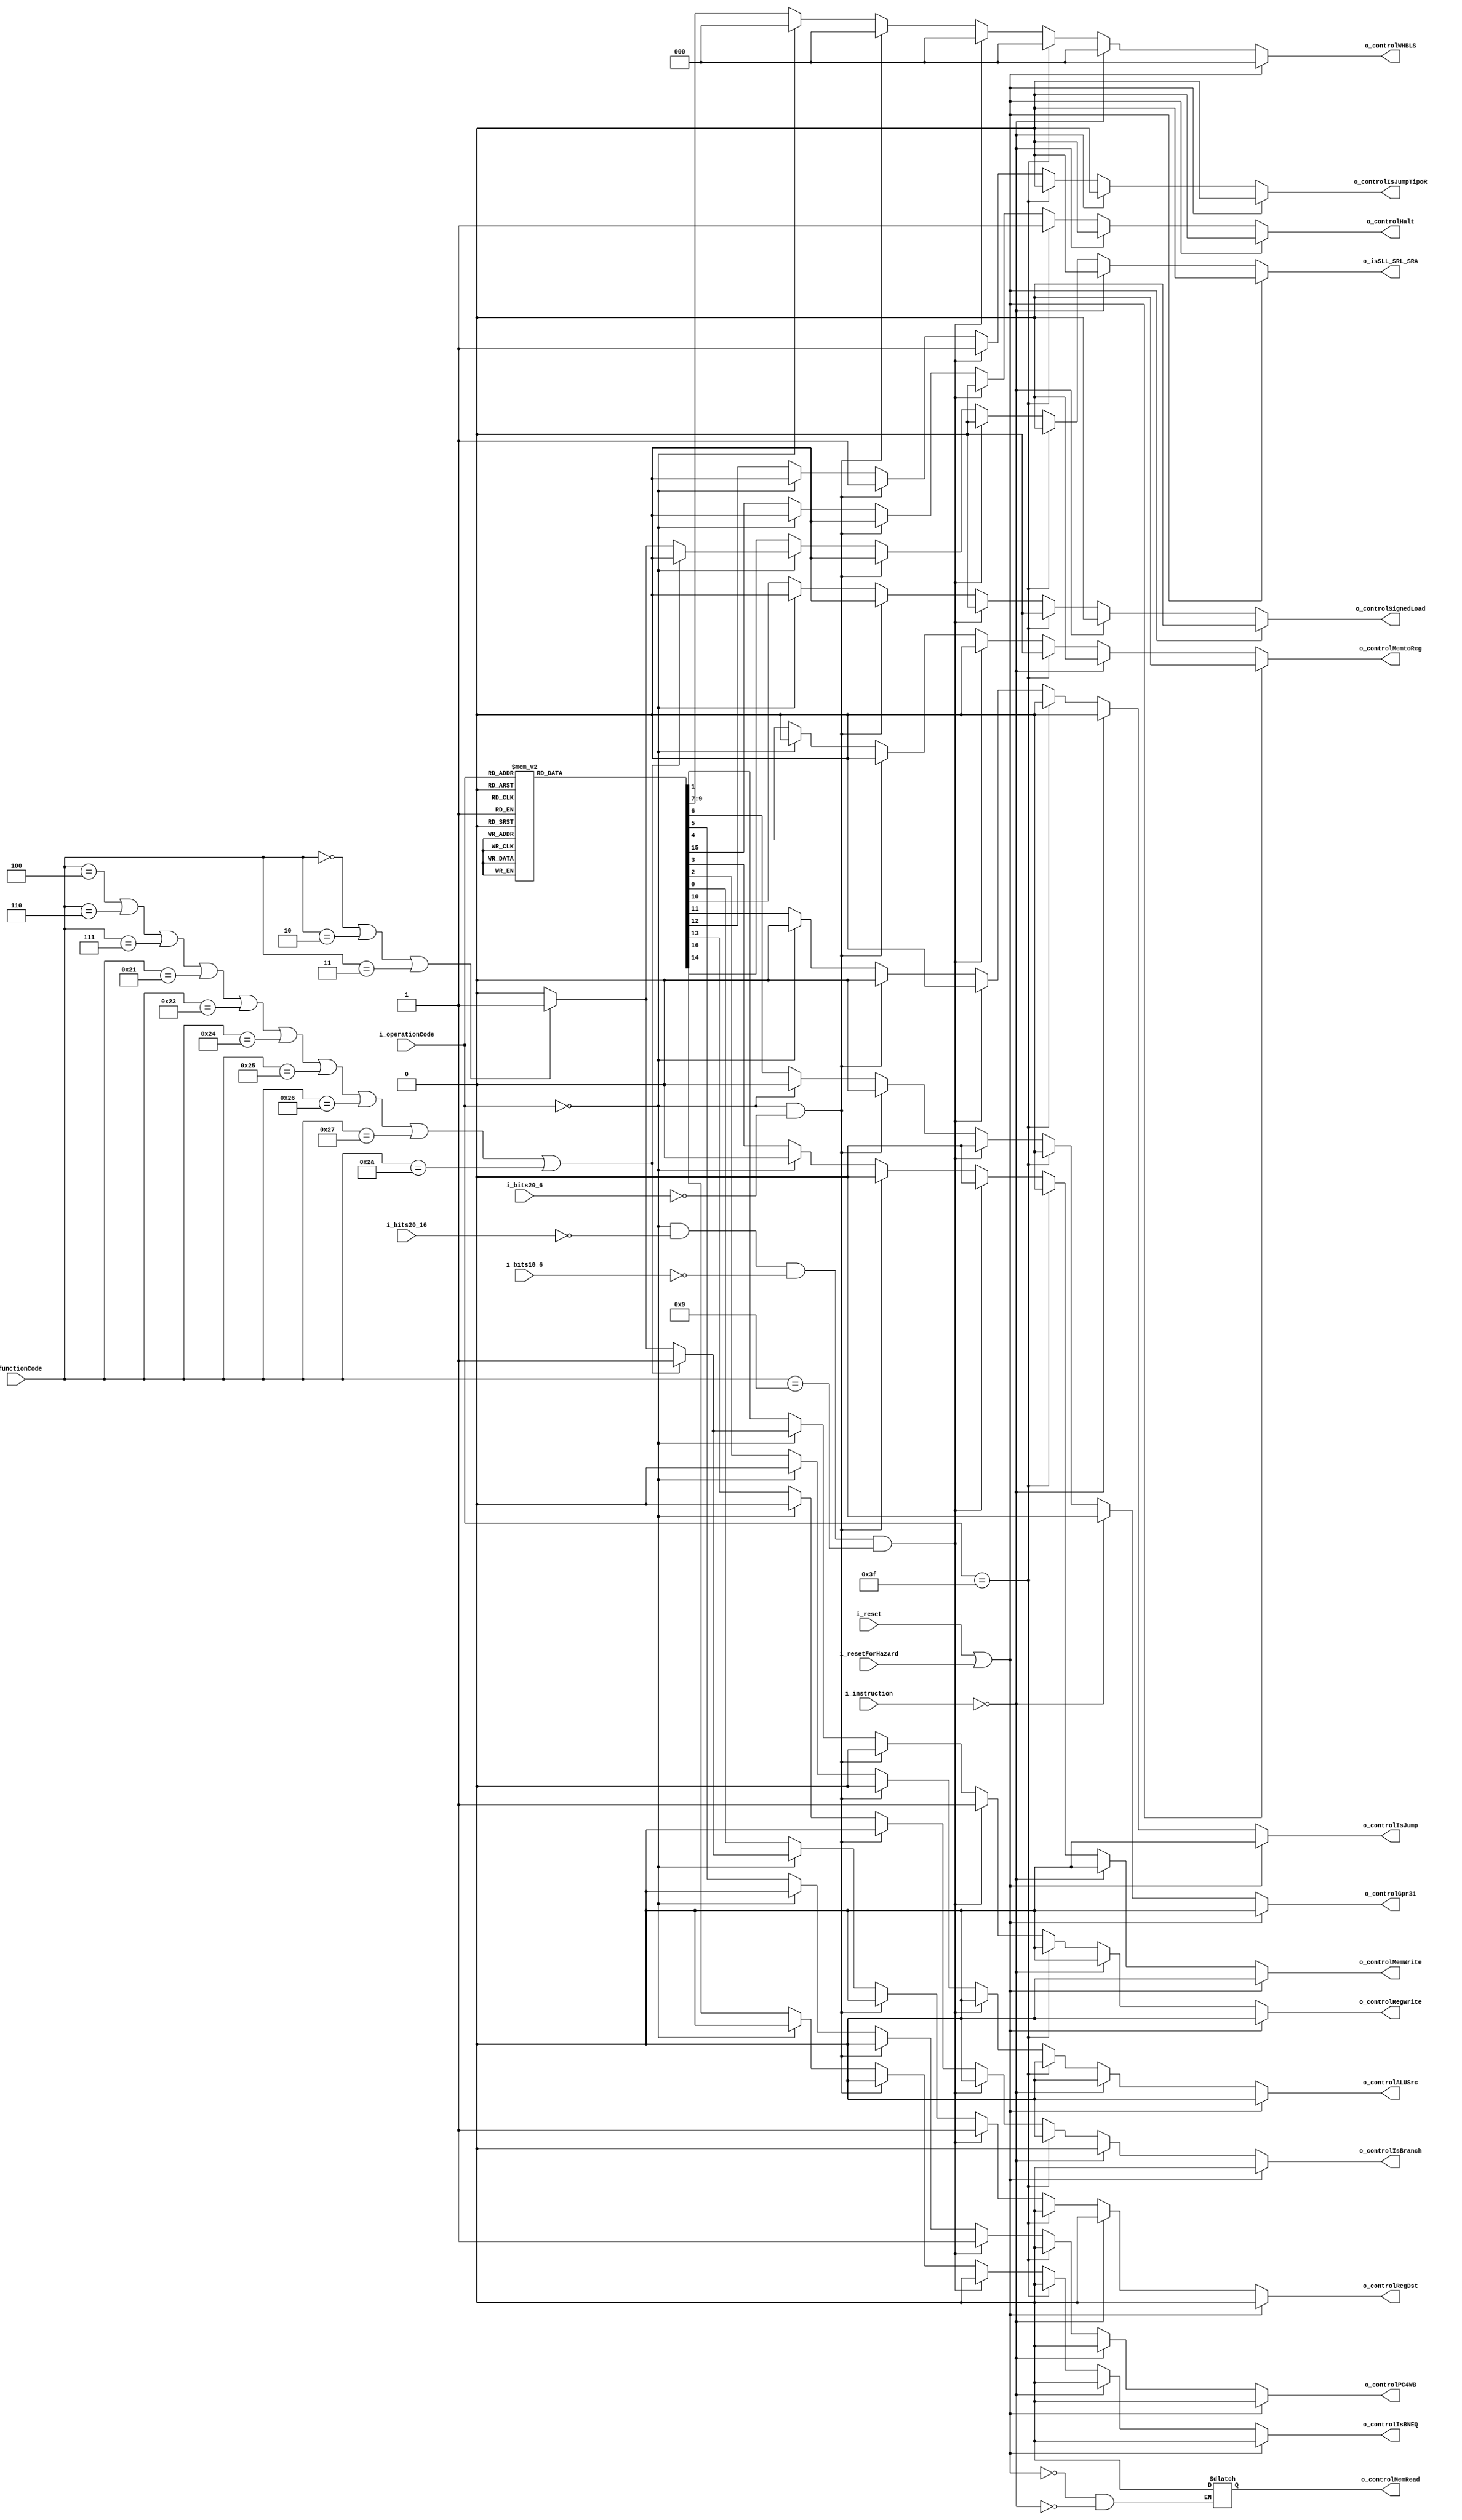
module E2_ControlUnit
    (
        input wire [32-1:0] i_instruction,
        //6 bits MSB
        input wire [6-1:0]  i_operationCode,// bits del 31-26 esto te indica el tipo de operacion por ejemplo si es R o de branch etc..
        input wire [5-1:0]  i_bits20_16,//se usa en algunas instrucciones como JALR
        input wire [5-1:0]  i_bits10_6,//se usa en algunas instrucciones como JALR
        input wire [15-1:0] i_bits20_6,//este rango de bits se usa para un registro en especifico (JR) 
        //6 bits LSB
        input wire [6-1:0]  i_functionCode,//bits del 5-0 este te dice que operacion es por ejemplo si es suma, un salto, resta, desplazamiento etc...

        output reg          o_controlIsBNEQ,//te dice si es un branch not equal
        output reg          o_controlIsBranch,//te dice si es un branch o no   
        output reg          o_controlIsJumpTipoR,//te dice si es un jump tipo R te sirve para el multiplexor      
        output reg          o_controlIsJump,//te dice si es un Jump nomas para el multiplexor sirve
        output reg          o_controlRegWrite,//te dice si vas a escribir el resultado en la memoria de registros de la etapa 2
        output reg          o_controlMemWrite,//se pone en 1 si la instruccion va a guardar en la memoria de datos.. por ahora son las instrucciones tipo save
        output reg          o_controlMemRead,//--------------------------????????????????????? para que lo pusimos???? FALTA ESTE EN TODAS LAS TABLAAAASSS osea.. los switch e ifs de abajo1!!!!!
        output reg          o_controlMemtoReg,//es para ver que dato guardas en el registro, si el resuultado de la ALU o la salida d ela memoria de datos
        output reg          o_controlRegDst,//en base a la instruccion te dice si el registro de destino es rt o rd
        output reg          o_controlPC4WB,
        output reg          o_controlGpr31,//creo que es el jumpR ==> stf // o_controlIsJALBit31
        
        //memwidth de 4 bits reemplazado
        output reg [3-1:0]  o_controlWHBLS,//
        output reg          o_controlSignedLoad,//bit 4 MSB
        
        output reg          o_controlALUSrc,//selecciona la fuente del dato 2 para la ALU, tiene un multiplexor
        output reg          o_controlHalt,
        output reg          o_isSLL_SRL_SRA,
        //output reg o_controlisJALRBit31,//te dice si es la instruccion JALR especificamente para poder guardar la direccion de retorno (PC+4) en la posicion 31 de la memoria de registros
        input wire i_resetForHazard,
        input wire i_reset
    );
 
    always@(*) begin
        if(i_reset | i_resetForHazard) begin
            o_controlIsBNEQ     <= 0;
            o_controlIsBranch   <= 0;
            o_controlIsJumpTipoR<= 0;
            o_controlIsJump     <= 0;
            o_controlRegWrite   <= 0;
            o_controlMemWrite   <= 0;
            o_controlMemRead    <= 0;
            o_controlMemtoReg   <= 0;
            o_controlRegDst     <= 0;
            o_controlPC4WB      <= 0;
            o_controlGpr31      <= 0;
            o_controlWHBLS      <= 0;
            o_controlSignedLoad <= 0;
            o_controlALUSrc     <= 0;
            o_controlHalt       <= 0;
            o_isSLL_SRL_SRA     <= 0;
        end
        else if(i_instruction==32'b0) begin//NOP
            o_controlIsBNEQ     <= 0;
            o_controlIsBranch   <= 0;
            o_controlIsJumpTipoR<= 0;
            o_controlIsJump     <= 0;
            o_controlRegWrite   <= 0;
            o_controlMemWrite   <= 0;
            o_controlMemRead    <= 0;
            o_controlMemtoReg   <= 0;
            o_controlRegDst     <= 0;
            o_controlPC4WB      <= 0;
            o_controlGpr31      <= 0;
            o_controlWHBLS      <= 0;
            o_controlSignedLoad <= 0;
            o_controlALUSrc     <= 0;
            o_controlHalt       <= 0;
            o_isSLL_SRL_SRA     <= 0;
        end
        
        else if(i_operationCode==6'b111111) begin//HALT
            o_controlRegDst<=0;
            o_controlRegWrite<=0;
            o_controlALUSrc<=0;
            o_controlMemWrite<=0;
            o_controlMemtoReg<=0;
            o_controlPC4WB<=0;
            o_controlGpr31<=0;
            //el memwidth xxxx
            o_controlWHBLS<=3'b000;
            o_controlSignedLoad<=0;
            o_controlIsJump<=0;
            o_controlIsJumpTipoR<=0;//stefanooo fraannn hazard unit ==> estaba en 1
            o_controlIsBranch<=0;
            o_controlIsBNEQ<=0;
            
            o_controlHalt<=1;
            o_isSLL_SRL_SRA<= 0;
        end
        
        //JALR ok
        else if (i_operationCode==6'b000000 && i_bits20_16==5'b00000 && i_bits10_6==5'b00000 && i_functionCode==6'b001001) begin
            o_controlRegDst<=1;//
            o_controlRegWrite<=1;
            o_controlALUSrc<=0;//x
            o_controlMemWrite<=0;
            o_controlMemtoReg<=0;
            o_controlPC4WB<=1;
            o_controlGpr31<= 0;
            //el memwidth xxxx
            o_controlWHBLS<=3'b000;
            o_controlSignedLoad<=0;
            o_controlIsJump<=0;
            o_controlIsJumpTipoR<=1;//stefanooo fraannn hazard unit ==> estaba en 1
            //stefanooo Si se clava el programa es por esto pasarlo a 0 temporalmente
            o_controlIsBranch<=0;
            o_controlIsBNEQ<=0;
            
            o_controlHalt<=0;
            o_isSLL_SRL_SRA<= 0;
        end
        //JR ok
        else if (i_operationCode==6'b000000 && i_bits20_6==15'b000000000000000) begin
            o_controlRegDst<=0;
            o_controlRegWrite<=0;
            o_controlALUSrc<=0;
            o_controlMemWrite<=0;
            o_controlMemtoReg<=0;
            o_controlPC4WB<=0;
            o_controlGpr31<= 0;
            //el memwidth xxxx
            o_controlWHBLS<=3'b000;
            o_controlSignedLoad<=0;
            o_controlIsJump<=0;
            o_controlIsJumpTipoR<=1;//stefanooo fraannn hazard unit ==> estaba en 1
            o_controlIsBranch<=0;
            o_controlIsBNEQ<=0;
            
            o_controlHalt<=0;
            o_isSLL_SRL_SRA<= 0;
        end
        
        else if(i_operationCode==6'b000000) begin //TIPO - R y a partir de ahora me queda verificar el func code
        //VER SLL Y SRL a que grupo pertenecen xq se me armo quilombo ahi
            if(
            i_functionCode==6'b000100 ||//SLLV
            i_functionCode==6'b000110 ||//SRLV
            i_functionCode==6'b000111 ||//SRAV
            i_functionCode==6'b100001 ||//ADDU
            i_functionCode==6'b100011 ||//SUBU
            i_functionCode==6'b100100 ||//AND
            i_functionCode==6'b100101 ||//OR
            i_functionCode==6'b100110 ||//XOR
            i_functionCode==6'b100111 ||//NOR
            i_functionCode==6'b101010 //SLT
            ) begin
                o_controlRegDst<=1;
                o_controlRegWrite<=1;
                o_controlALUSrc<=0;
                o_controlMemWrite<=0;
                o_controlMemtoReg<=0;
                o_controlPC4WB<=0;
                o_controlGpr31<= 0;
                //el memwidth xxxx
                o_controlWHBLS<=3'b000;
                o_controlSignedLoad<=0;
                o_controlIsJump<=0;
                o_controlIsJumpTipoR<=0;
                o_controlIsBranch<=0;
                o_controlIsBNEQ<=0;
                
                o_controlHalt<=0;
                o_isSLL_SRL_SRA<= 0;
            end 
            else if(i_functionCode==6'b000000 || //SLL
            i_functionCode==6'b000010 ||//SRL
            i_functionCode==6'b000011 //SRA
            ) begin 
                o_controlRegDst<=1;
                o_controlRegWrite<=1;
                o_controlALUSrc<=0;
                o_controlMemWrite<=0;
                o_controlMemtoReg<=0;
                o_controlPC4WB<=0;
                o_controlGpr31<= 0;
                //el memwidth xxxx
                o_controlWHBLS<=3'b000;
                o_controlSignedLoad<=0;
                o_controlIsJump<=0;
                o_controlIsJumpTipoR<=0;
                o_controlIsBranch<=0;
                o_controlIsBNEQ<=0;
                
                o_controlHalt<=0;
                o_isSLL_SRL_SRA<=1;
            end
            else begin
                o_controlRegDst<=0;
                o_controlRegWrite<=0;
                o_controlALUSrc<=0;
                o_controlMemWrite<=0;
                o_controlMemtoReg<=0;
                o_controlPC4WB<=0;
                o_controlGpr31<=0;
                //el memwidth xxxx
                o_controlWHBLS<=3'b000;
                o_controlSignedLoad<=0;
                o_controlIsJump<=0;
                o_controlIsJumpTipoR<=0;
                o_controlIsBranch<=0;
                o_controlIsBNEQ<=0;
                
                o_controlHalt<=0;
                o_isSLL_SRL_SRA<=0;
            end
        end
        else begin
            case (i_operationCode)
                6'b000010: begin//J OK
                    o_controlRegDst<=0;
                    o_controlRegWrite<=0;
                    o_controlALUSrc<=0;
                    o_controlMemWrite<=0;
                    o_controlMemtoReg<=0;
                    o_controlPC4WB<=0;
                    o_controlGpr31<=0;
                    //el memwidth xxxx
                    o_controlWHBLS<=3'b000;
                    o_controlSignedLoad<=0;
                    o_controlIsJump<=1;
                    o_controlIsJumpTipoR<=0;
                    o_controlIsBranch<=0;
                    o_controlIsBNEQ<=0;
                    
                    o_controlHalt<=0;
                    o_isSLL_SRL_SRA<=0;
                end
                6'b000011: begin//JAL OK
                    o_controlRegDst<=0;
                    o_controlRegWrite<=1;
                    o_controlALUSrc<=0;
                    o_controlMemWrite<=0;
                    o_controlMemtoReg<=0;
                    o_controlPC4WB<=1;
                    o_controlGpr31<=1;
                    //el memwidth xxxx
                    o_controlWHBLS<=3'b000;
                    o_controlSignedLoad<=0;
                    o_controlIsJump<=1;
                    o_controlIsJumpTipoR<=0;
                    o_controlIsBranch<=0;
                    o_controlIsBNEQ<=0;
                    
                    o_controlHalt<=0;
                    o_isSLL_SRL_SRA<=0;
                end
                6'b100000: begin//LB
                    o_controlRegDst<=0;
                    o_controlRegWrite<=1;
                    o_controlALUSrc<=1;
                    o_controlMemWrite<=0;
                    o_controlMemtoReg<=1;
                    o_controlPC4WB<=0;
                    o_controlGpr31<= 0;
                    //el memwidth xxxx
                    o_controlWHBLS<=3'b001;//1001
                    o_controlSignedLoad<=1;
                    o_controlIsJump<=0;
                    o_controlIsJumpTipoR<=0;
                    o_controlIsBranch<=0;
                    o_controlIsBNEQ<=0;
                    
                    o_controlHalt<=0;
                    o_isSLL_SRL_SRA<=0;
                end
                6'b100001: begin//LH
                    o_controlRegDst<=0;
                    o_controlRegWrite<=1;
                    o_controlALUSrc<=1;
                    o_controlMemWrite<=0;
                    o_controlMemtoReg<=1;
                    o_controlPC4WB<=0;
                    o_controlGpr31<=0;
                    //el memwidth xxxx
                    o_controlWHBLS<=3'b010;//1010
                    o_controlSignedLoad<=1;
                    o_controlIsJump<=0;
                    o_controlIsJumpTipoR<=0;
                    o_controlIsBranch<=0;
                    o_controlIsBNEQ<=0;
                    
                    o_controlHalt<=0;
                    o_isSLL_SRL_SRA<=0;
                end
                6'b100011: begin//LW
                    o_controlRegDst<=0;
                    o_controlRegWrite<=1;
                    o_controlALUSrc<=1;
                    o_controlMemWrite<=0;
                    o_controlMemtoReg<=1;
                    o_controlPC4WB<=0;
                    o_controlGpr31<=0;
                    //el memwidth xxxx
                    o_controlWHBLS<=3'b100;//1100
                    o_controlSignedLoad<=1;
                    o_controlIsJump<=0;
                    o_controlIsJumpTipoR<=0;
                    o_controlIsBranch<=0;
                    o_controlIsBNEQ<=0;
                    
                    o_controlHalt<=0;
                    o_isSLL_SRL_SRA<=0;
                end
                6'b100111: begin//LWU
                    o_controlRegDst<=0;
                    o_controlRegWrite<=1;
                    o_controlALUSrc<=1;
                    o_controlMemWrite<=0;
                    o_controlMemtoReg<=1;
                    o_controlPC4WB<=0;
                    o_controlGpr31<=0;
                    //el memwidth xxxx
                    o_controlWHBLS<=3'b100;//0100
                    o_controlSignedLoad<=0;
                    o_controlIsJump<=0;
                    o_controlIsJumpTipoR<=0;
                    o_controlIsBranch<=0;
                    o_controlIsBNEQ<=0;
                    
                    o_controlHalt<=0;
                    o_isSLL_SRL_SRA<=0;
                end
                6'b100100: begin//LBU
                    o_controlRegDst<=0;
                    o_controlRegWrite<=1;
                    o_controlALUSrc<=1;
                    o_controlMemWrite<=0;
                    o_controlMemtoReg<=1;
                    o_controlPC4WB<=0;
                    o_controlGpr31<=0;
                    //el memwidth xxxx
                    o_controlWHBLS<=3'b001;//0001
                    o_controlSignedLoad<=0;
                    o_controlIsJump<=0;
                    o_controlIsJumpTipoR<=0;
                    o_controlIsBranch<=0;
                    o_controlIsBNEQ<=0;
                    
                    o_controlHalt<=0;
                    o_isSLL_SRL_SRA<=0;
                end
                6'b100101: begin//LHU
                    o_controlRegDst<=0;
                    o_controlRegWrite<=1;
                    o_controlALUSrc<=1;
                    o_controlMemWrite<=0;
                    o_controlMemtoReg<=1;
                    o_controlPC4WB<=0;
                    o_controlGpr31<=0;
                    //el memwidth xxxx
                    o_controlWHBLS<=3'b010;//0010
                    o_controlSignedLoad<=0;
                    o_controlIsJump<=0;
                    o_controlIsJumpTipoR<=0;
                    o_controlIsBranch<=0;
                    o_controlIsBNEQ<=0;
                    
                    o_controlHalt<=0;
                    o_isSLL_SRL_SRA<=0;
                end
                6'b101000: begin//SB
                    o_controlRegDst<=0;
                    o_controlRegWrite<=0;
                    o_controlALUSrc<=1;
                    o_controlMemWrite<=1;
                    o_controlMemtoReg<=0;
                    o_controlPC4WB<=0;
                    o_controlGpr31<=0;
                    //el memwidth xxxx
                    o_controlWHBLS<=3'b001;//1001
                    o_controlSignedLoad<=1;
                    o_controlIsJump<=0;
                    o_controlIsJumpTipoR<=0;
                    o_controlIsBranch<=0;
                    o_controlIsBNEQ<=0;
                    
                    o_controlHalt<=0;
                    o_isSLL_SRL_SRA<=0;
                end
                6'b101001: begin//SH
                    o_controlRegDst<=0;
                    o_controlRegWrite<=0;
                    o_controlALUSrc<=1;
                    o_controlMemWrite<=1;
                    o_controlMemtoReg<=0;
                    o_controlPC4WB<=0;
                    o_controlGpr31<=0;
                    //el memwidth xxxx
                    o_controlWHBLS<=3'b010;//1010
                    o_controlSignedLoad<=1;
                    o_controlIsJump<=0;
                    o_controlIsJumpTipoR<=0;
                    o_controlIsBranch<=0;
                    o_controlIsBNEQ<=0;
                    
                    o_controlHalt<=0;
                    o_isSLL_SRL_SRA<=0;
                end
                6'b101011: begin//SW
                    o_controlRegDst<=0;
                    o_controlRegWrite<=0;
                    o_controlALUSrc<=1;
                    o_controlMemWrite<=1;
                    o_controlMemtoReg<=0;
                    o_controlPC4WB<=0;
                    o_controlGpr31<=0;
                    //el memwidth xxxx
                    o_controlWHBLS<=3'b100;//1100
                    o_controlSignedLoad<=1;
                    o_controlIsJump<=0;
                    o_controlIsJumpTipoR<=0;
                    o_controlIsBranch<=0;
                    o_controlIsBNEQ<=0;
                    
                    o_controlHalt<=0;
                    o_isSLL_SRL_SRA<=0;
                end
                6'b001010: begin//SLTI
                    o_controlRegDst<=0;
                    o_controlRegWrite<=1;
                    o_controlALUSrc<=1;
                    o_controlMemWrite<=0;
                    o_controlMemtoReg<=0;
                    o_controlPC4WB<=0;
                    o_controlGpr31<=0;
                    //el memwidth xxxx
                    o_controlWHBLS<=3'b000;
                    o_controlSignedLoad<=0;
                    o_controlIsJump<=0;
                    o_controlIsJumpTipoR<=0;
                    o_controlIsBranch<=0;
                    o_controlIsBNEQ<=0;
                    
                    o_controlHalt<=0;
                    o_isSLL_SRL_SRA<=0;
                end
                6'b000100: begin//BEQ
                    o_controlRegDst<=1;
                    o_controlRegWrite<=0;
                    o_controlALUSrc<=0;
                    o_controlMemWrite<=0;
                    o_controlMemtoReg<=0;
                    o_controlPC4WB<=0;
                    o_controlGpr31<=0;
                    //el memwidth xxxx
                    o_controlWHBLS<=3'b000;
                    o_controlSignedLoad<=0;
                    o_controlIsJump<=0;
                    o_controlIsJumpTipoR<=0;
                    o_controlIsBranch<=1;
                    o_controlIsBNEQ<=0;
                    
                    o_controlHalt<=0;
                    o_isSLL_SRL_SRA<=0;
                end
                6'b000101: begin//BNE
                    o_controlRegDst<=1;
                    o_controlRegWrite<=0;
                    o_controlALUSrc<=0;
                    o_controlMemWrite<=0;
                    o_controlMemtoReg<=0;
                    o_controlPC4WB<=0;
                    o_controlGpr31<=0;
                    //el memwidth xxxx
                    o_controlWHBLS<=3'b000;
                    o_controlSignedLoad<=0;
                    o_controlIsJump<=0;
                    o_controlIsJumpTipoR<=0;
                    o_controlIsBranch<=1;
                    o_controlIsBNEQ<=1;
                    
                    o_controlHalt<=0;
                    o_isSLL_SRL_SRA<=0;
                end
                //-------------------------------------------
                //a partir de aca van las isntrucciones que son tipo I y tienen el mismo output
                //SUBI ver que ponemos para esto....
                //no pidieron SUBI!!!!!!!!!!! OJOOO
                6'b011110: begin//SUBI
                    o_controlRegDst<=0;
                    o_controlRegWrite<=1;
                    o_controlALUSrc<=1;
                    o_controlMemWrite<=0;
                    o_controlMemtoReg<=0;
                    o_controlPC4WB<=0;
                    o_controlGpr31<=0;
                    //el memwidth xxxx
                    o_controlWHBLS<=3'b000;
                    o_controlSignedLoad<=0;
                    o_controlIsJump<=0;
                    o_controlIsJumpTipoR<=0;
                    o_controlIsBranch<=0;
                    o_controlIsBNEQ<=0;
                    
                    o_controlHalt<=0;
                    o_isSLL_SRL_SRA<=0;
                end
                6'b001000: begin//ADDI
                    o_controlRegDst<=0;
                    o_controlRegWrite<=1;
                    o_controlALUSrc<=1;
                    o_controlMemWrite<=0;
                    o_controlMemtoReg<=0;
                    o_controlPC4WB<=0;
                    o_controlGpr31<=0;
                    //el memwidth xxxx
                    o_controlWHBLS<=3'b000;
                    o_controlSignedLoad<=0;
                    o_controlIsJump<=0;
                    o_controlIsJumpTipoR<=0;
                    o_controlIsBranch<=0;
                    o_controlIsBNEQ<=0;
                    
                    o_controlHalt<=0;
                    o_isSLL_SRL_SRA<=0;
                end
                6'b001100: begin//ANDI
                    o_controlRegDst<=0;
                    o_controlRegWrite<=1;
                    o_controlALUSrc<=1;
                    o_controlMemWrite<=0;
                    o_controlMemtoReg<=0;
                    o_controlPC4WB<=0;
                    o_controlGpr31<=0;
                    //el memwidth xxxx
                    o_controlWHBLS<=3'b000;
                    o_controlSignedLoad<=0;
                    o_controlIsJump<=0;
                    o_controlIsJumpTipoR<=0;
                    o_controlIsBranch<=0;
                    o_controlIsBNEQ<=0;
                    
                    o_controlHalt<=0;
                    o_isSLL_SRL_SRA<=0;
                end
                6'b001101: begin//ORI
                    o_controlRegDst<=0;
                    o_controlRegWrite<=1;
                    o_controlALUSrc<=1;
                    o_controlMemWrite<=0;
                    o_controlMemtoReg<=0;
                    o_controlPC4WB<=0;
                    o_controlGpr31<=0;
                    //el memwidth xxxx
                    o_controlWHBLS<=3'b000;
                    o_controlSignedLoad<=0;
                    o_controlIsJump<=0;
                    o_controlIsJumpTipoR<=0;
                    o_controlIsBranch<=0;
                    o_controlIsBNEQ<=0;
                    
                    o_controlHalt<=0;
                    o_isSLL_SRL_SRA<=0;
                end
                6'b001110: begin//XORI
                    o_controlRegDst<=0;
                    o_controlRegWrite<=1;
                    o_controlALUSrc<=1;
                    o_controlMemWrite<=0;
                    o_controlMemtoReg<=0;
                    o_controlPC4WB<=0;
                    o_controlGpr31<=0;
                    //el memwidth xxxx
                    o_controlWHBLS<=3'b000;
                    o_controlSignedLoad<=0;
                    o_controlIsJump<=0;
                    o_controlIsJumpTipoR<=0;
                    o_controlIsBranch<=0;
                    o_controlIsBNEQ<=0;
                    
                    o_controlHalt<=0;
                    o_isSLL_SRL_SRA<=0;
                end
                6'b001111: begin//LUI
                    o_controlRegDst<=0;
                    o_controlRegWrite<=1;
                    o_controlALUSrc<=1;
                    o_controlMemWrite<=0;
                    o_controlMemtoReg<=0;
                    o_controlPC4WB<=0;
                    o_controlGpr31<=0;
                    //el memwidth xxxx
                    o_controlWHBLS<=3'b000;
                    o_controlSignedLoad<=0;
                    o_controlIsJump<=0;
                    o_controlIsJumpTipoR<=0;
                    o_controlIsBranch<=0;
                    o_controlIsBNEQ<=0;
                    
                    o_controlHalt<=0;
                    o_isSLL_SRL_SRA<=0;
                end
                default: begin
                    o_controlRegDst<=0;
                    o_controlRegWrite<=0;
                    o_controlALUSrc<=0;
                    o_controlMemWrite<=0;
                    o_controlMemtoReg<=0;
                    o_controlPC4WB<=0;
                    o_controlGpr31<=0;
                    //el memwidth xxxx
                    o_controlWHBLS<=3'b000;
                    o_controlSignedLoad<=0;
                    o_controlIsJump<=0;
                    o_controlIsJumpTipoR<=0;
                    o_controlIsBranch<=0;
                    o_controlIsBNEQ<=0;
                    
                    o_controlHalt<=0;
                    o_isSLL_SRL_SRA<=0;
                end
            endcase
        end
        
    end
endmodule